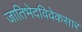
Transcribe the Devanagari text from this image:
जातिभेदविवेकसार